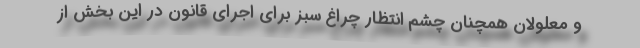
و معلولان همچنان چشم انتظار چراغ سبز براى اجراى قانون در اين بخش از